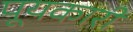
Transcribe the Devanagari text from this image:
पूयकारी